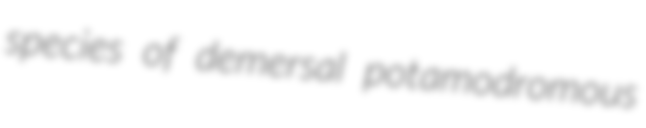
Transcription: species of demersal potamodromous